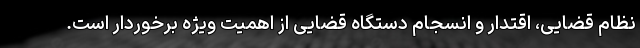
نظام قضایی، اقتدار و انسجام دستگاه قضایی از اهمیت ویژه برخوردار است.